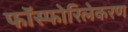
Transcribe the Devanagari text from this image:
फॉस्फोरिलेकरण